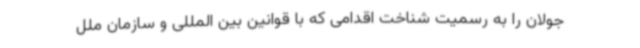
جولان را به رسمیت شناخت اقدامی که با قوانین بین المللی و سازمان ملل